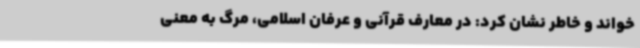
خواند و خاطر نشان کرد: در معارف قرآنی و عرفان اسلامی، مرگ به معنی